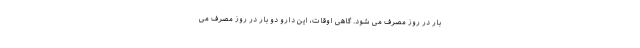
بار در روز مصرف می شود. گاهی اوقات، این دارو دو بار در روز مصرف می